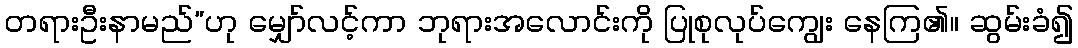
တရားဦးနာမည်”ဟု မျှော်လင့်ကာ ဘုရားအလောင်းကို ပြုစုလုပ်ကျွေး နေကြ၏။ ဆွမ်းခံ၍